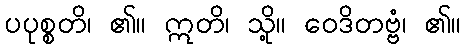
ပပုစ္စတိ၊ ၏။ ဣတိ၊ သို့။ ဝေဒိတဗ္ဗံ၊ ၏။